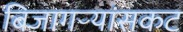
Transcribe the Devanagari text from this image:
बिजागऱ्यांसकट